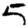
Digit: 5